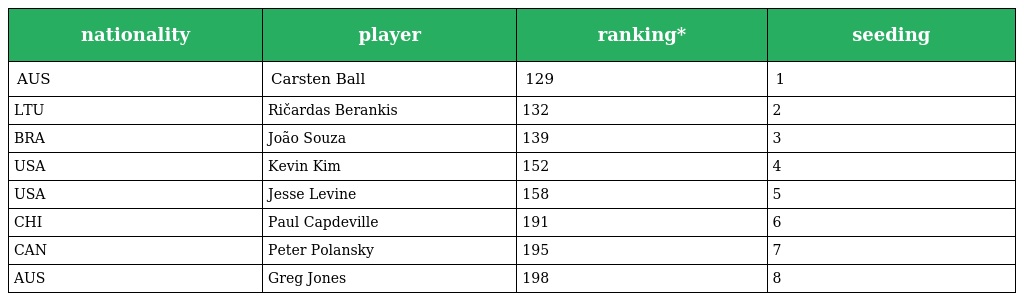
| nationality | player | ranking* | seeding |
 | --- | --- | --- | --- |
 | AUS | Carsten Ball | 129 | 1 |
 | LTU | Ričardas Berankis | 132 | 2 |
 | BRA | João Souza | 139 | 3 |
 | USA | Kevin Kim | 152 | 4 |
 | USA | Jesse Levine | 158 | 5 |
 | CHI | Paul Capdeville | 191 | 6 |
 | CAN | Peter Polansky | 195 | 7 |
 | AUS | Greg Jones | 198 | 8 |